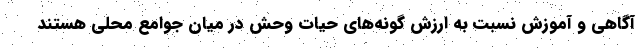
آگاهی و آموزش نسبت به ارزش گونه‌های حیات وحش در میان جوامع محلی هستند